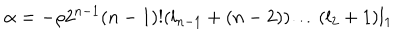
LaTeX: \alpha = - \rho 2 ^ { n - 1 } ( n - 1 ) ! ( l _ { n - 1 } + ( n - 2 ) ) \ldots ( l _ { 2 } + 1 ) l _ { 1 }